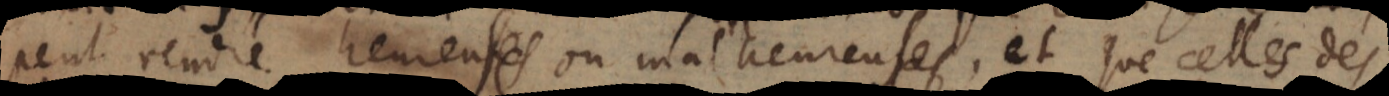
peut rendre heureuses ou malheureuses, et que celles des